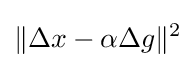
\|\Delta x-\alpha \Delta g\|^{2}